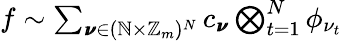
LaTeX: \begin{array}{r}{f\sim\sum_{\pmb{\nu}\in(\mathbb{N}\times\mathbb{Z}_{m})^{N}}c_{\pmb{\nu}}\bigotimes_{t=1}^{N}\phi_{\nu_{t}}}\end{array}